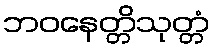
ဘဝနေတ္တိသုတ္တံ